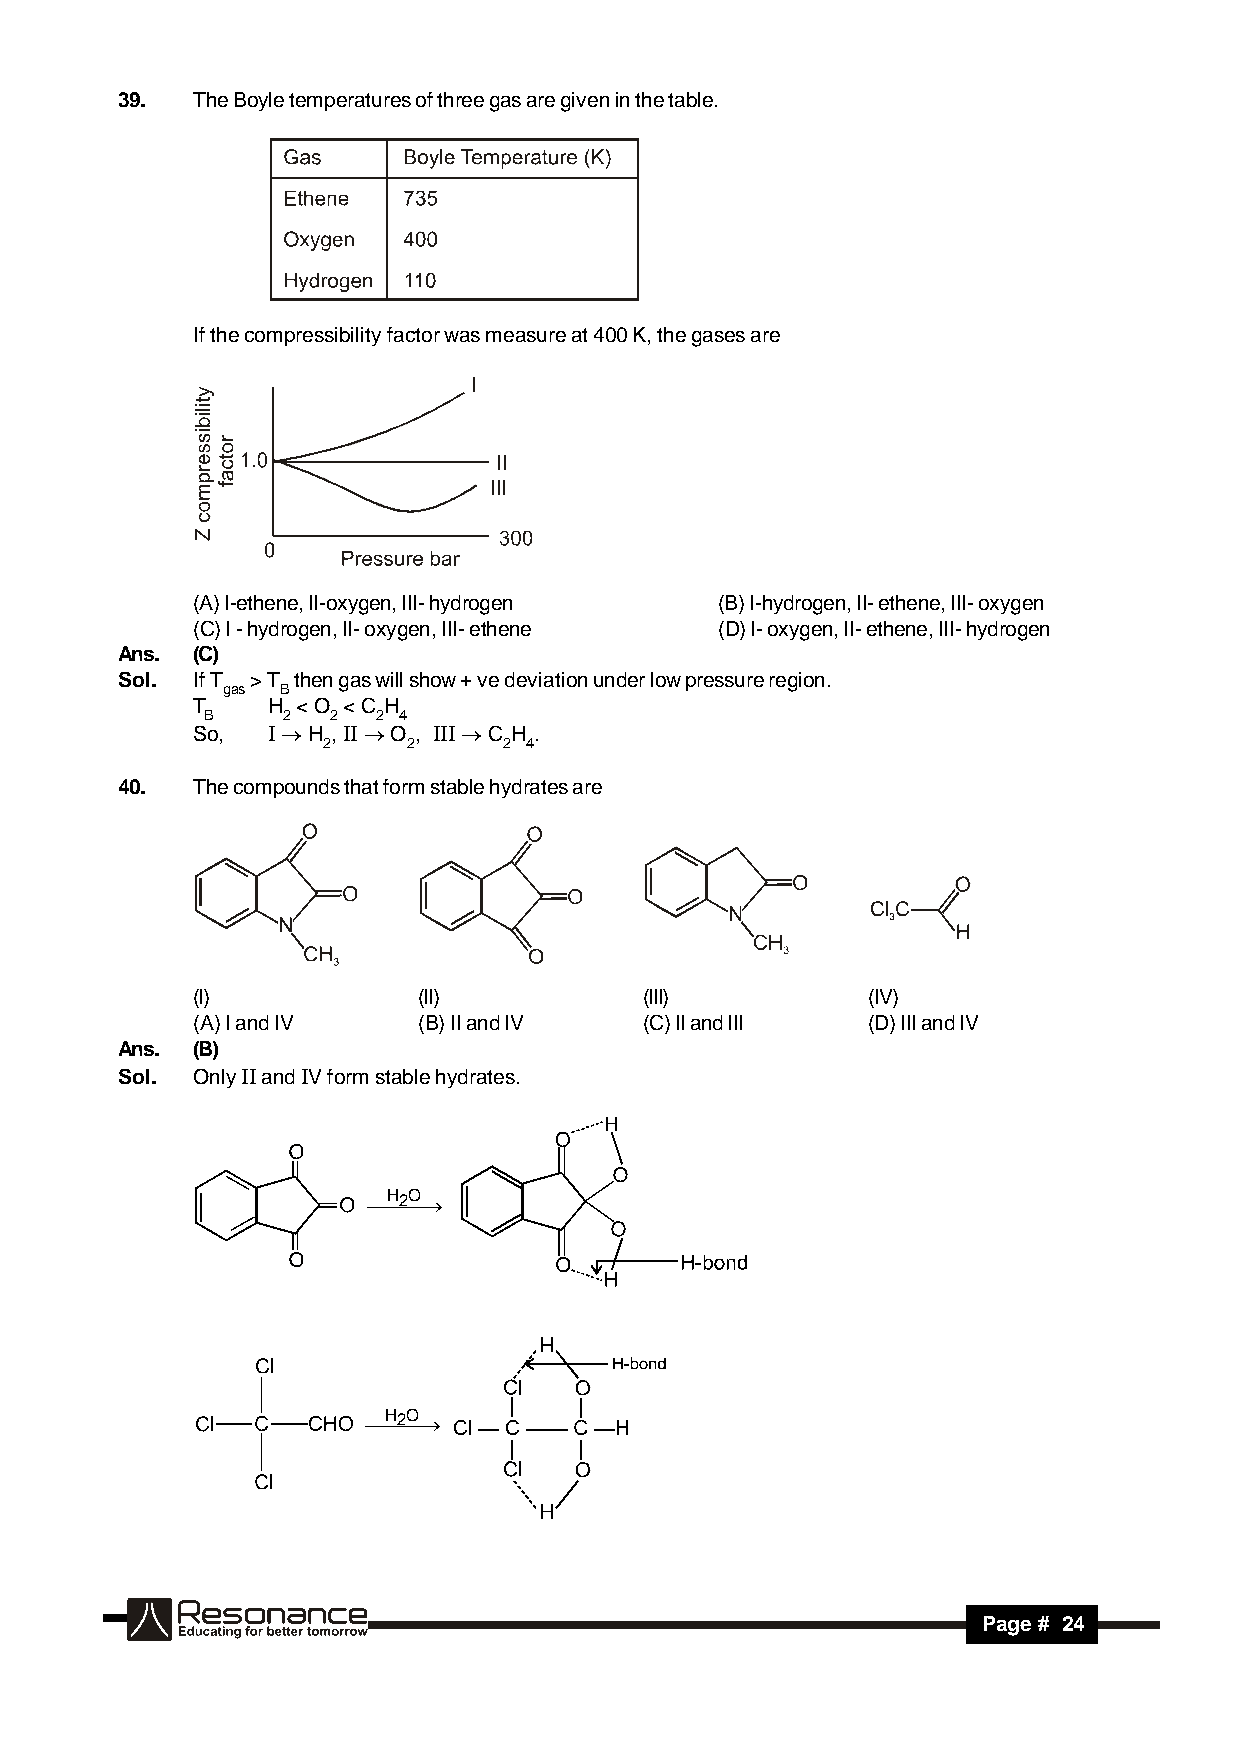
39.  The Boyle temperatures of three gas are given in the table.
 If the compressibility factor was measure at 400 K, the gases are
 (A) I-ethene, II-oxygen, III- hydrogen (B) I-hydrogen, II- ethene, III- oxygen
 (C) I - hydrogen, II- oxygen, III- ethene (D) I- oxygen, II- ethene, III- hydrogen
 Ans. (C)
 Sol. If T > T then gas will show + ve deviation under low pressure region.
 gas B
 T    H < O < C H
 B    2  2  2 4
 So,  I  H ,II  O , III  C H .
 2     2     2 4
 40.  The compounds that form stable hydrates are
 (I)            (II)           (III)         (IV)
 (A) I and IV   (B) II and IV  (C) II and III (D) III and IV
 Ans. (B)
 Sol. Only II and IV form stable hydrates.
 H2 O
 
 H2 O
 
 RESONANCE
 Page # 24